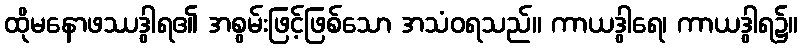
ထိုမနောဖဿဒွါရ၏ အစွမ်းဖြင့်ဖြစ်သော အသံဝရသည်။ ကာယဒွါရေ၊ ကာယဒွါရ၌။